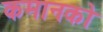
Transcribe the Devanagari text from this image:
कमानको